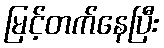
မြင့်တက်နေပြီး